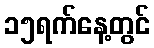
၁၅ရက်နေ့တွင်